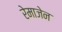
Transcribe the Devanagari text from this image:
रेमाजेन